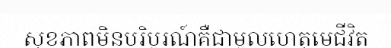
សុខភាពមិនបរិបូរណ៍គឺជាមូលហេតុមេជីវិត